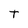
Character: T